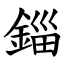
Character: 錙